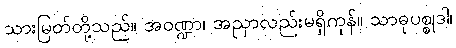
သားမြတ်တို့သည်။ အဝဏ္ဍာ၊ အညှာလည်းမရှိကုန်။ သာဓုပစ္စုဒါ၊